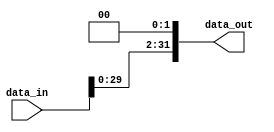
module Shift_left2 (
    input wire [31:0] data_in,
    output wire [31:0] data_out
);
    assign data_out = data_in << 2;
endmodule